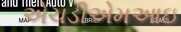
એચડીએમઆઇ